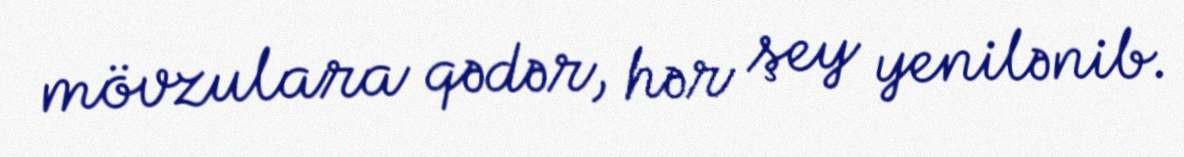
mövzulara qədər, hər şey yenilənib.